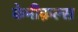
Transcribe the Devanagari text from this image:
केमीक़ल्स